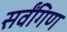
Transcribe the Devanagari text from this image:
सर्वंगिण